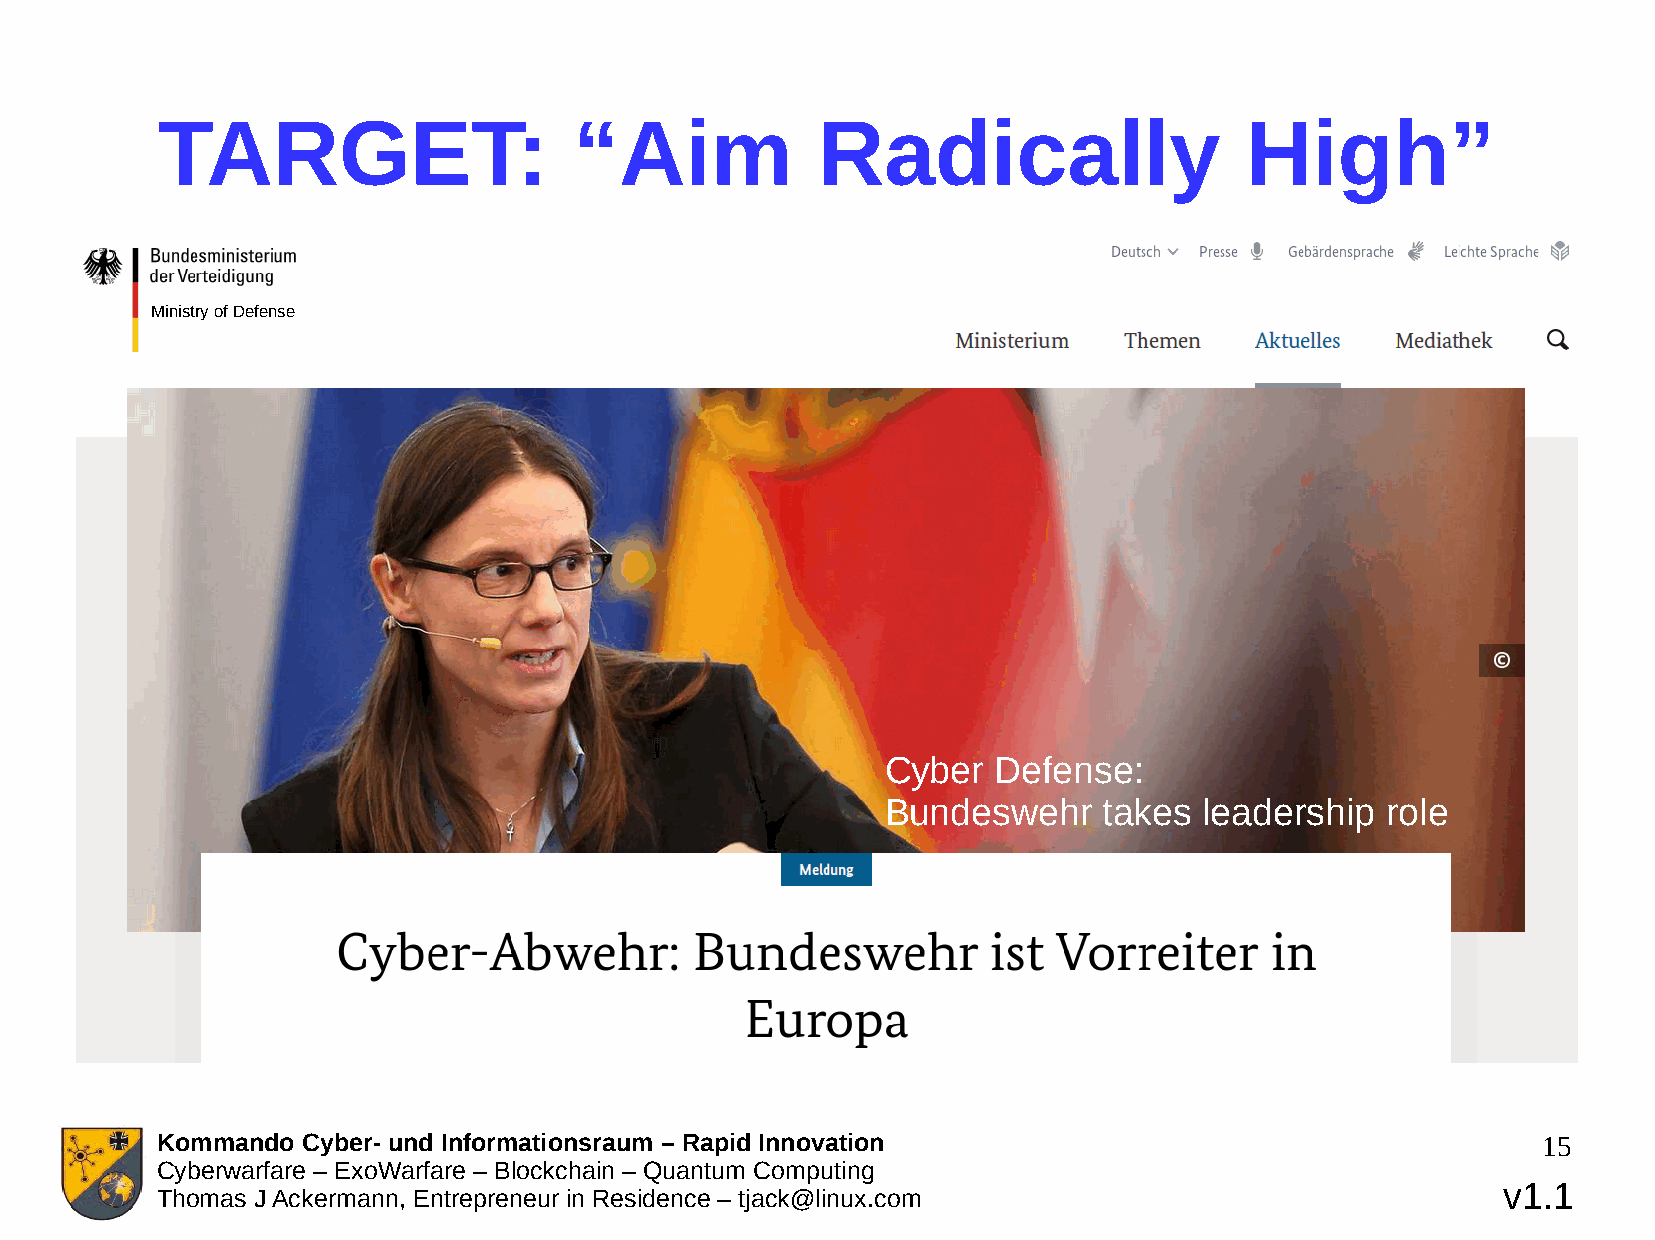
TARGET:                     “Aim            Radically                   High”
 Ministry of Defense
 Cyber  Defense:
 Bundeswehr    takes  leadership  role
 Kommando  Cyber- und Informationsraum – Rapid Innovation                                    15
 Cyberwarfare – ExoWarfare – Blockchain – Quantum Computing
 v1.1
 Thomas J Ackermann, Entrepreneur in Residence – tjack@linux.com